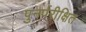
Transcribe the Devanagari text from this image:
पुनर्परीक्षित